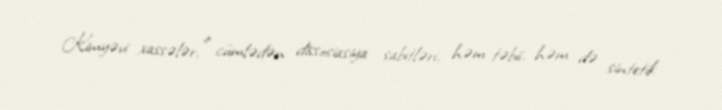
Kimyəvi xassələr, o cümlədən dissosiasiya sabitləri, həm təbii, həm də sintetik